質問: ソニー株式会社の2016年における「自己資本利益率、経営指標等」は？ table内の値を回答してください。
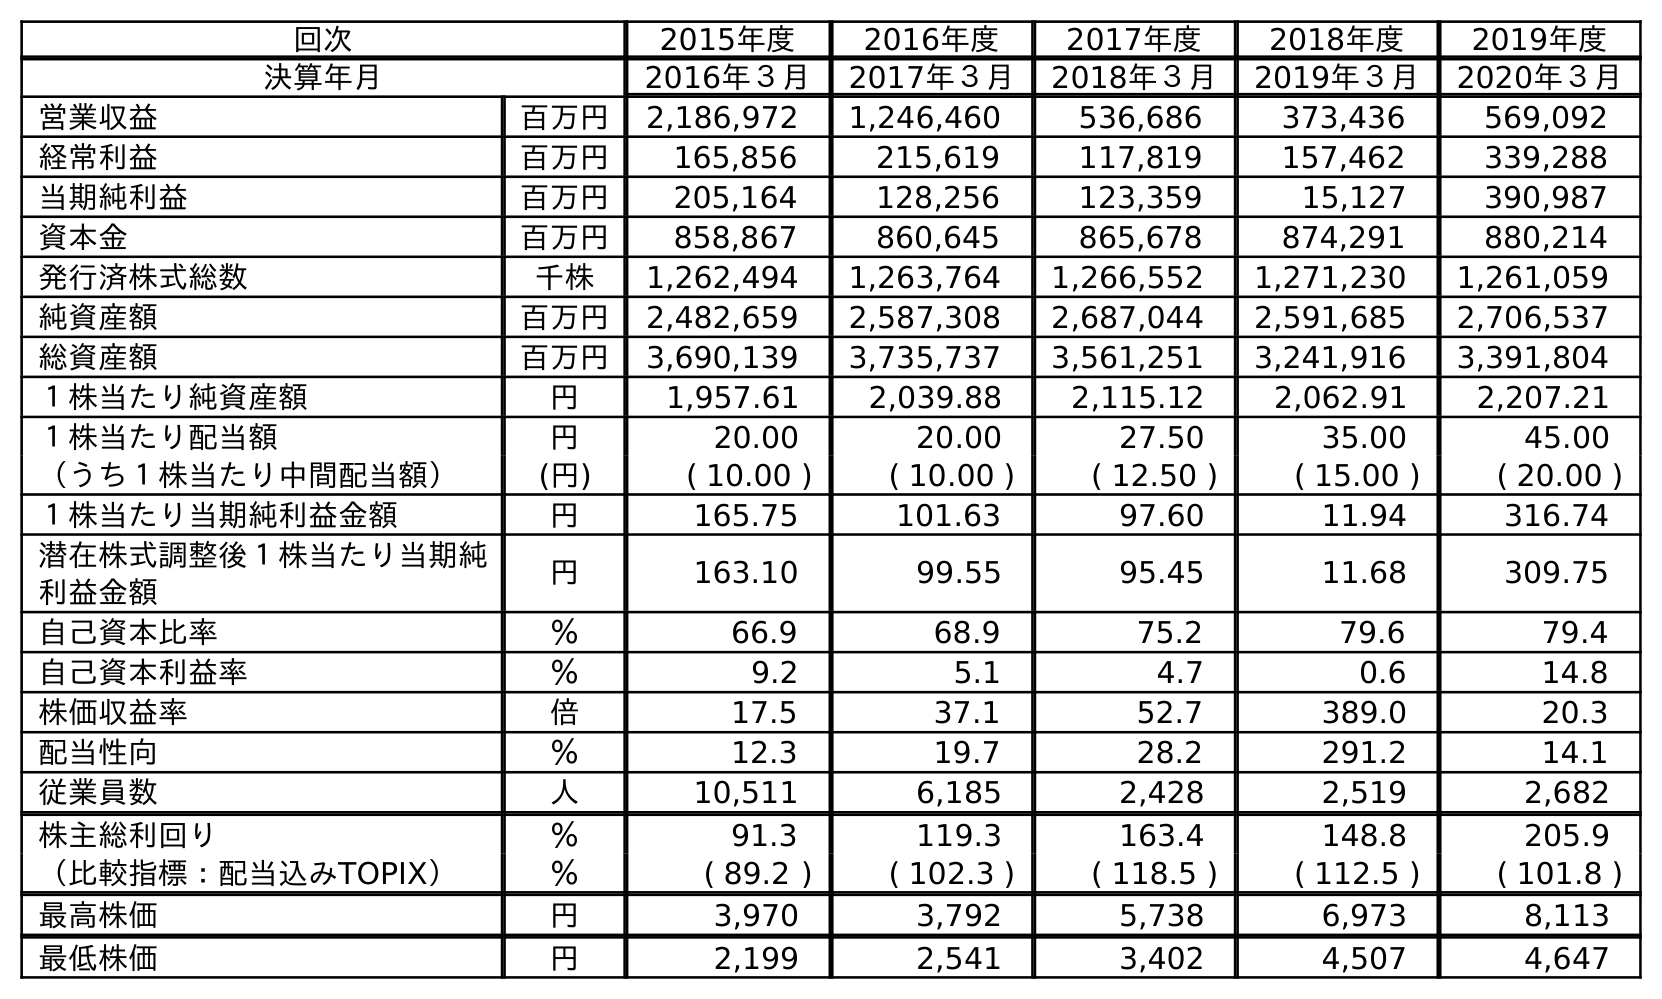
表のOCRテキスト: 回次 2015年度 2016年度 2017年度 2018年度 2019年度 決算年月 2016年３月 2017年３月 2018年３月 2019年３月 2020年３月 営業収益 百万円 2,186,972 1,246,460 536,686 373,436 569,092 経常利益 百万円 165,856 215,619 117,819 157,462 339,288 当期純利益 百万円 205,164 128,256 123,359 15,127 390,987 資本金 百万円 858,867 860,645 865,678 874,291 880,214 発行済株式総数 千株 1,262,494 1,263,764 1,266,552 1,271,230 1,261,059 純資産額 百万円 2,482,659 2,587,308 2,687,044 2,591,685 2,706,537 総資産額 百万円 3,690,139 3,735,737 3,561,251 3,241,916 3,391,804 １株当たり純資産額 円 1,957.61 2,039.88 2,115.12 2,062.91 2,207.21 １株当たり配当額 円 20.00 20.00 27.50 35.00 45.00 （うち１株当たり中間配当額） (円) ( 10.00 ) ( 10.00 ) ( 12.50 ) ( 15.00 ) ( 20.00 ) １株当たり当期純利益金額 円 165.75 101.63 97.60 11.94 316.74 潜在株式調整後１株当たり当期純 利益金額 円 163.10 99.55 95.45 11.68 309.75 自己資本比率 ％ 66.9 68.9 75.2 79.6 79.4 自己資本利益率 ％ 9.2 5.1 4.7 0.6 14.8 株価収益率 倍 17.5 37.1 52.7 389.0 20.3 配当性向 ％ 12.3 19.7 28.2 291.2 14.1 従業員数 人 10,511 6,185 2,428 2,519 2,682 株主総利回り ％ 91.3 119.3 163.4 148.8 205.9 （比較指標：配当込みTOPIX） ％ ( 89.2 ) ( 102.3 ) ( 118.5 ) ( 112.5 ) ( 101.8 ) 最高株価 円 3,970 3,792 5,738 6,973 8,113 最低株価 円 2,199 2,541 3,402 4,507 4,647
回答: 9.2